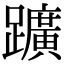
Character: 𨇁